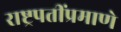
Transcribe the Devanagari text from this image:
राष्ट्रपतींप्रमाणे